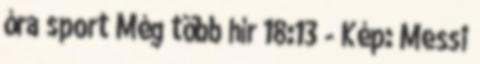
óra sport Még több hír 18:13 - Kép: Messi